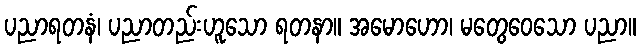
ပညာရတနံ၊ ပညာတည်းဟူသော ရတနာ။ အမောဟော၊ မတွေဝေသော ပညာ။